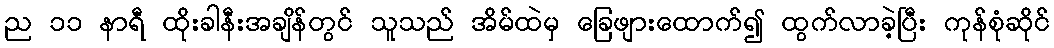
ည ၁၁ နာရီ ထိုးခါနီးအချိန်တွင် သူသည် အိမ်ထဲမှ ခြေဖျားထောက်၍ ထွက်လာခဲ့ပြီး ကုန်စုံဆိုင်